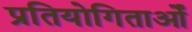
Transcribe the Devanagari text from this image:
प्रतियोगिताओँ